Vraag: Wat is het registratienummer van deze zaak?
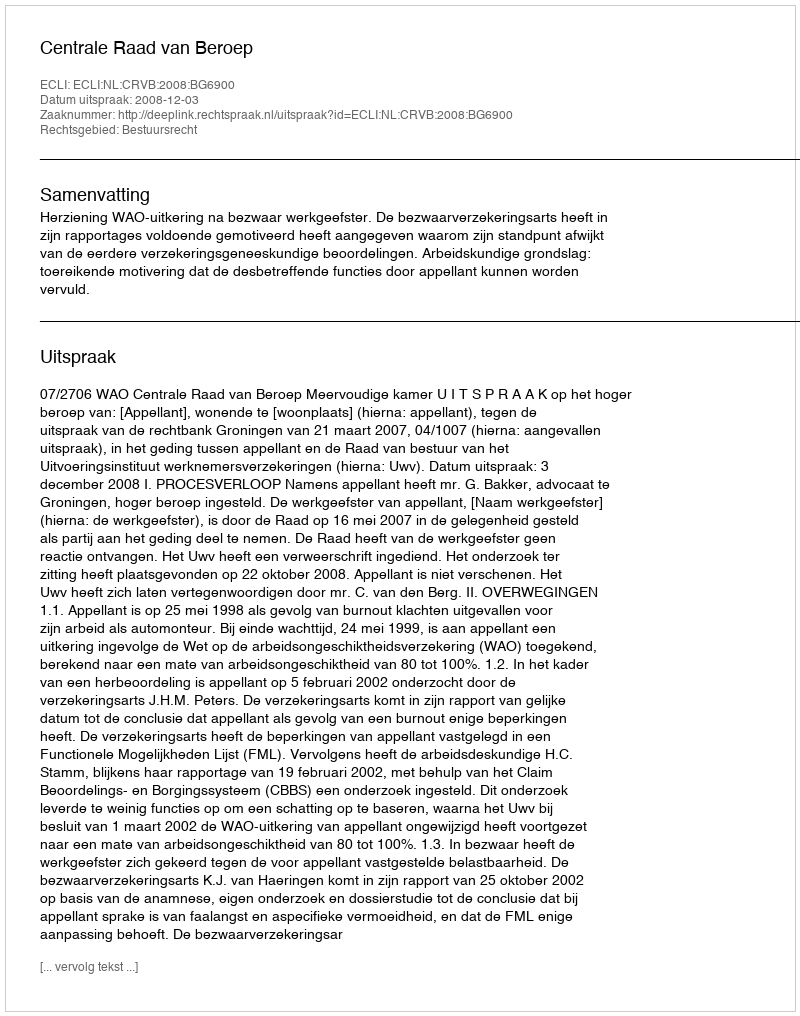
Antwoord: http://deeplink.rechtspraak.nl/uitspraak?id=ECLI:NL:CRVB:2008:BG6900